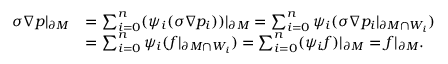
\begin{array} { r l } { \sigma \nabla p | _ { \partial M } } & { = \sum _ { i = 0 } ^ { n } ( \psi _ { i } ( \sigma \nabla p _ { i } ) ) | _ { \partial M } = \sum _ { i = 0 } ^ { n } \psi _ { i } ( \sigma \nabla p _ { i } | _ { \partial M \cap W _ { i } } ) } \\ & { = \sum _ { i = 0 } ^ { n } \psi _ { i } ( f | _ { \partial M \cap W _ { i } } ) = \sum _ { i = 0 } ^ { n } ( \psi _ { i } f ) | _ { \partial M } = f | _ { \partial M } . } \end{array}